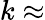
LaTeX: k\approx